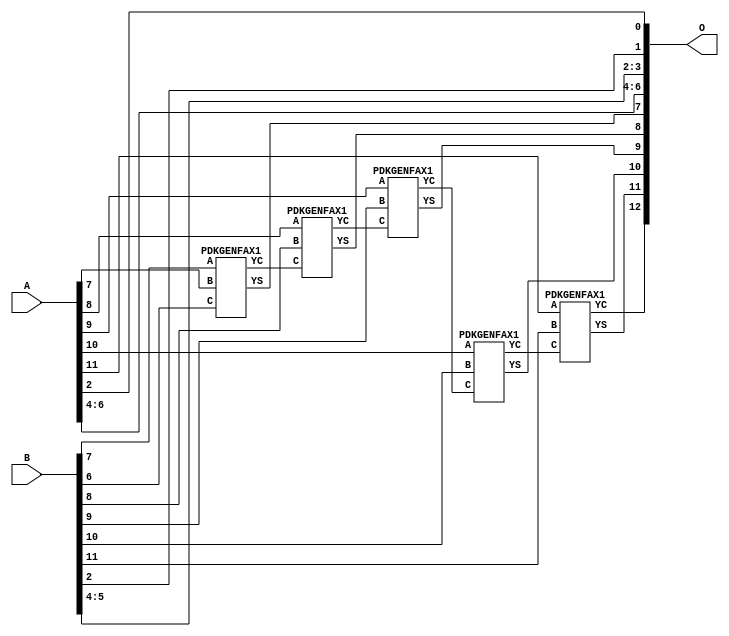
/***
* This code is a part of EvoApproxLib library (ehw.fit.vutbr.cz/approxlib) distributed under The MIT License.
* When used, please cite the following article(s): V. Mrazek, Z. Vasicek and R. Hrbacek, "Role of circuit representation in evolutionary design of energy-efficient approximate circuits" in IET Computers & Digital Techniques, vol. 12, no. 4, pp. 139-149, 7 2018. doi: 10.1049/iet-cdt.2017.0188 
* This file contains a circuit from a sub-set of pareto optimal circuits with respect to the pwr and mae parameters
***/
// MAE% = 0.39 %
// MAE = 32 
// WCE% = 0.78 %
// WCE = 64 
// WCRE% = 100.00 %
// EP% = 99.95 %
// MRE% = 1.08 %
// MSE = 1242 
// PDK45_PWR = 0.021 mW
// PDK45_AREA = 44.6 um2
// PDK45_DELAY = 0.43 ns

module add12u_1SA(A, B, O);
  input [11:0] A, B;
  output [12:0] O;
  wire n_415, n_414, n_271, n_36, n_42, n_37, n_314, n_315, n_23, n_22;
  wire n_21, n_20, n_27, n_26, n_25, n_24, n_270, n_248, n_29, n_28;
  wire n_348, n_249, n_381, n_380, n_327, n_326, n_349, n_39, n_38, n_8;
  wire n_9, n_4, n_5, n_6, n_7, n_0, n_1, n_2, n_3, n_30;
  wire n_31, n_32, n_33, n_34, n_35, n_18, n_19, n_16, n_17, n_14;
  wire n_15, n_12, n_13, n_10, n_11, n_45, n_44, n_43, n_47, n_46;
  wire n_41, n_40;
  assign n_0 = A[0];
  assign n_1 = A[0];
  assign n_2 = A[1];
  assign n_3 = A[1];
  assign n_4 = A[2];
  assign n_5 = A[2];
  assign n_6 = A[3];
  assign n_7 = A[3];
  assign n_8 = A[4];
  assign n_9 = A[4];
  assign n_10 = A[5];
  assign n_11 = A[5];
  assign n_12 = A[6];
  assign n_13 = A[6];
  assign n_14 = A[7];
  assign n_15 = A[7];
  assign n_16 = A[8];
  assign n_17 = A[8];
  assign n_18 = A[9];
  assign n_19 = A[9];
  assign n_20 = A[10];
  assign n_21 = A[10];
  assign n_22 = A[11];
  assign n_23 = A[11];
  assign n_24 = B[0];
  assign n_25 = B[0];
  assign n_26 = B[1];
  assign n_27 = B[1];
  assign n_28 = B[2];
  assign n_29 = B[2];
  assign n_30 = B[3];
  assign n_31 = B[3];
  assign n_32 = B[4];
  assign n_33 = B[4];
  assign n_34 = B[5];
  assign n_35 = B[5];
  assign n_36 = B[6];
  assign n_37 = B[6];
  assign n_38 = B[7];
  assign n_39 = B[7];
  assign n_40 = B[8];
  assign n_41 = B[8];
  assign n_42 = B[9];
  assign n_43 = B[9];
  assign n_44 = B[10];
  assign n_45 = B[10];
  assign n_46 = B[11];
  assign n_47 = B[11];
  PDKGENFAX1 tmp59(.YS(n_248), .YC(n_249), .A(n_38), .B(n_14), .C(n_36));
  assign n_270 = n_249;
  assign n_271 = n_270;
  PDKGENFAX1 tmp62(.YS(n_314), .YC(n_315), .A(n_16), .B(n_40), .C(n_271));
  assign n_326 = n_315;
  assign n_327 = n_326;
  PDKGENFAX1 tmp65(.YS(n_348), .YC(n_349), .A(n_18), .B(n_42), .C(n_327));
  PDKGENFAX1 tmp66(.YS(n_380), .YC(n_381), .A(n_20), .B(n_44), .C(n_349));
  PDKGENFAX1 tmp67(.YS(n_414), .YC(n_415), .A(n_22), .B(n_46), .C(n_381));
  assign O[0] = n_4;
  assign O[1] = n_28;
  assign O[2] = n_32;
  assign O[3] = n_34;
  assign O[4] = n_8;
  assign O[5] = n_10;
  assign O[6] = n_12;
  assign O[7] = n_248;
  assign O[8] = n_314;
  assign O[9] = n_348;
  assign O[10] = n_380;
  assign O[11] = n_414;
  assign O[12] = n_415;
endmodule

/* mod */
module PDKGENFAX1( input A, input B, input C, output YS, output YC );
    assign YS = (A ^ B) ^ C;
    assign YC = (A & B) | (B & C) | (A & C);
endmodule